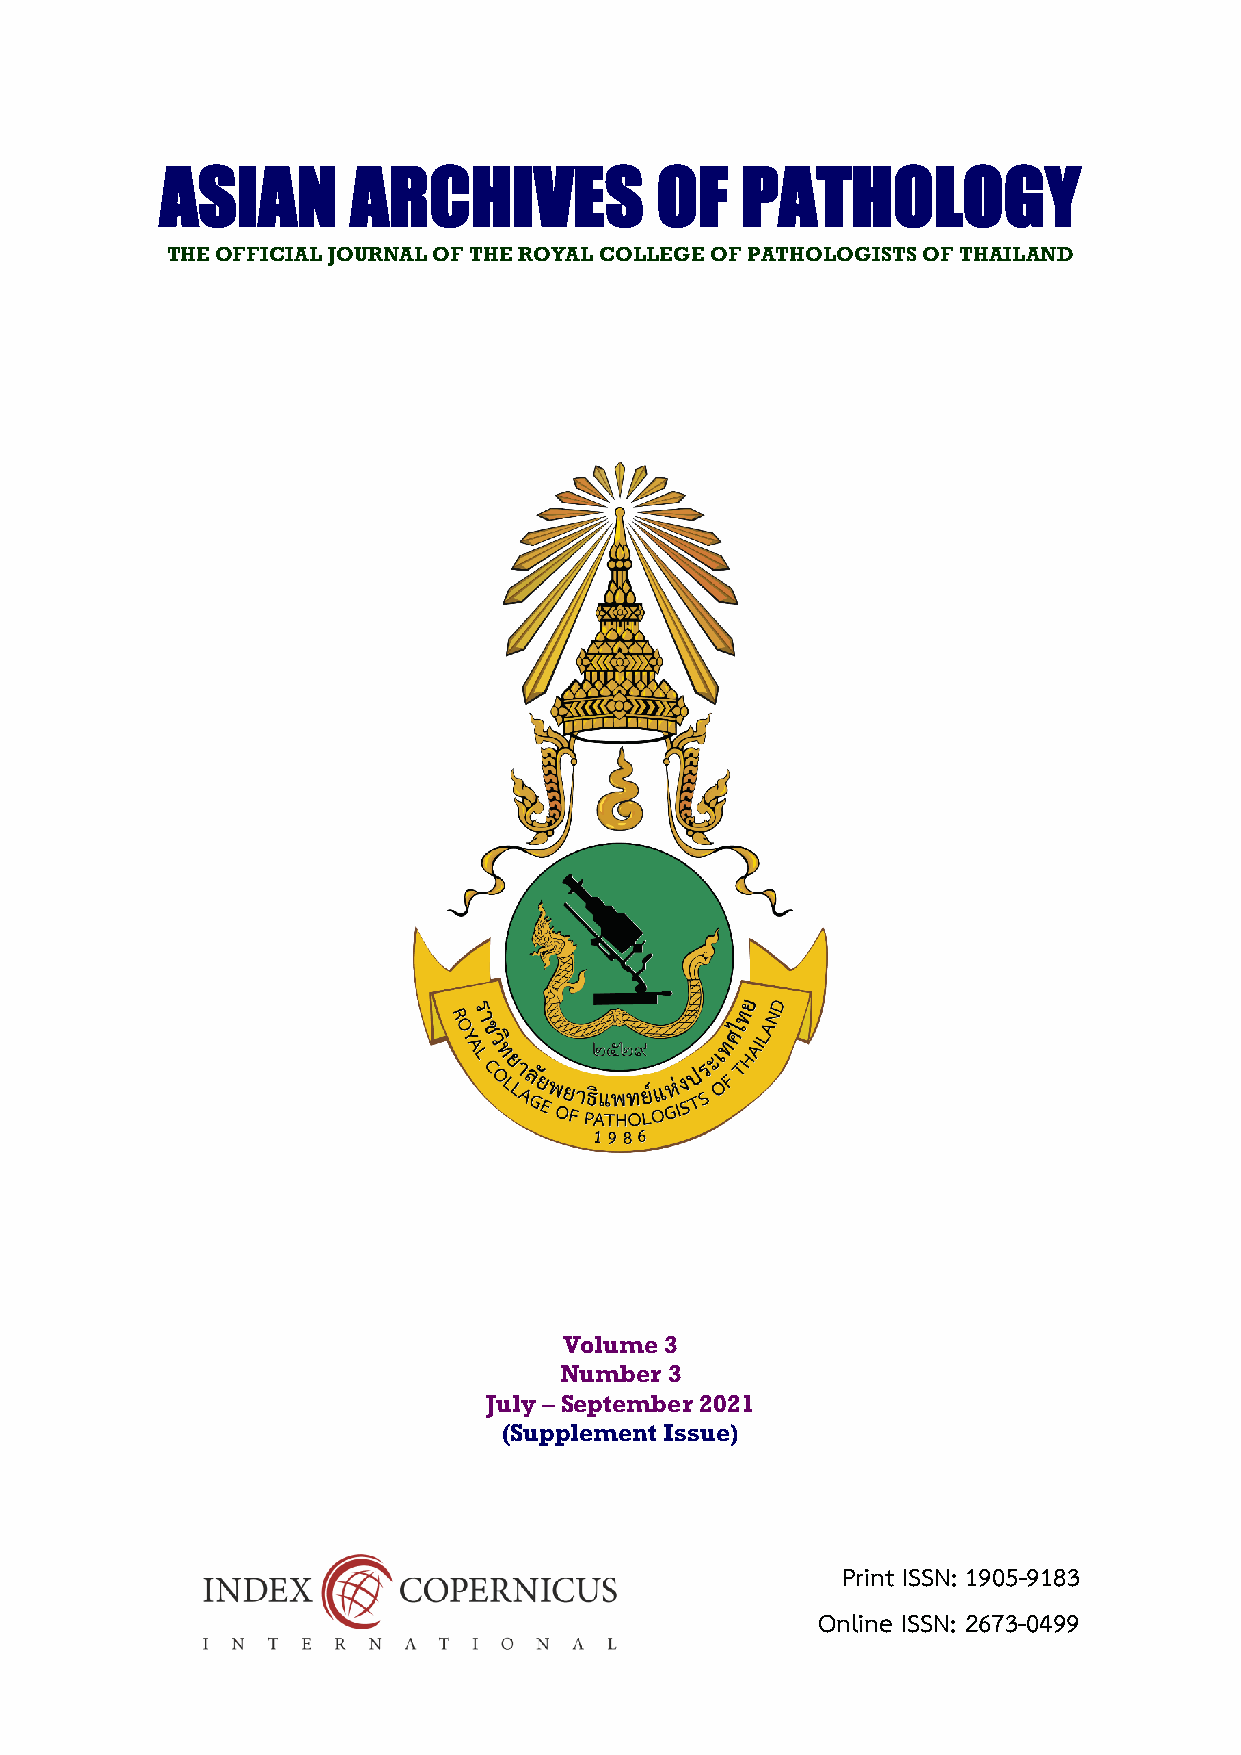
ASIAN       ARCHIVES            OF    PATHOLOGY
 THE OFFICIAL JOURNAL OF THE ROYAL COLLEGE OF PATHOLOGISTS OF THAILAND
 Volume 3
 Number 3
 July – September 2021
 (Supplement Issue)
 Print ISSN: 1905-9183
 Online ISSN: 2673-0499